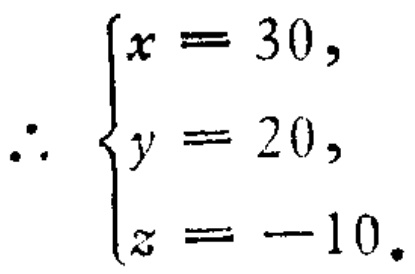
\[\therefore \begin{cases}
x = 30,\\
y = 20,\\
z = -10.
\end{cases}\]